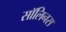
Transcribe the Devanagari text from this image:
सॉलिनस